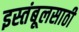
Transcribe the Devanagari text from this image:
इस्तंबूलसाठी